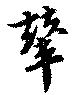
輦